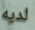
لديه